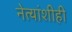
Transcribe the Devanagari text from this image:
नेत्यांशीही